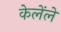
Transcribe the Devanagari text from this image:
केलेंले